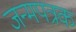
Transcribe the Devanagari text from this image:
जन्मपत्रक